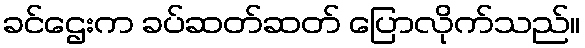
ခင်ဌေးက ခပ်ဆတ်ဆတ် ပြောလိုက်သည်။